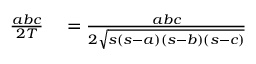
\begin{array} { r l } { { \frac { a b c } { 2 T } } } & { { } = { \frac { a b c } { 2 { \sqrt { s ( s - a ) ( s - b ) ( s - c ) } } } } } \end{array}